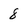
Character: 8